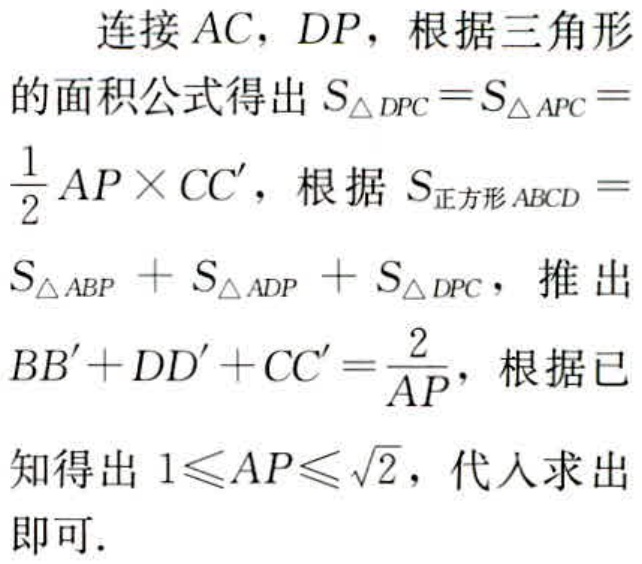
连接 \(AC\)，\(DP\)，根据三角形的面积公式得出 \(S_{\triangle DPC}=S_{\triangle APC}=\frac{1}{2}AP\times CC'\)，根据 \(S_{正方形ABCD}=S_{\triangle ABP}+S_{\triangle ADP}+S_{\triangle DPC}\)，推出 \(BB'+DD'+CC'=\frac{2}{AP}\)，根据已知得出 \(1\leqslant AP\leqslant\sqrt{2}\)，代入求出即可.